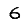
Digit: 6